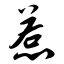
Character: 惹